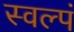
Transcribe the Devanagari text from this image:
स्वल्पं